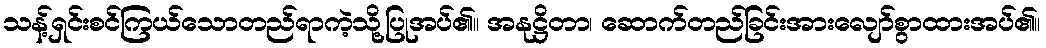
သန့်ရှင်းစင်ကြယ်သောတည်ရာကဲ့သို့ပြုအပ်၏။ အနုဋ္ဌိတာ၊ ဆောက်တည်ခြင်းအားလျော်စွာထားအပ်၏။